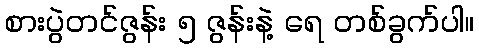
စားပွဲတင်ဇွန်း ၅ ဇွန်းနဲ့ ရေ တစ်ခွက်ပါ။